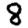
Digit: 8